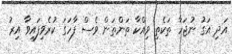
އަދި އަގު ނުޖަހާ ތަކެތި ވިއްކާ ތަންތަން ވެސް ފާހަގަ ކުރެވިފައިވާ އިރު